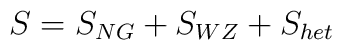
S= S_{NG} + S_{WZ} + S_{het}